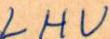
LHU